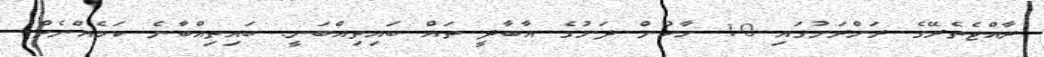
ރާއްޖެތެރޭގެ ރަށްރަށުގައި 10 ހާހުން ދަށުގެ އާބާދީ ތައް ބައިތިއްބަނީ. ބައިތިއްބާނެ ކަމެއްނެތް.